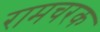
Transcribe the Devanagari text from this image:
रामचरक